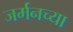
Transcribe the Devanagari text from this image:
जर्मनच्या